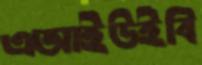
এআইউইবি